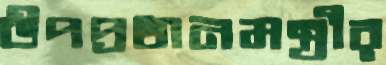
উপপ্রধানমন্ত্রীর